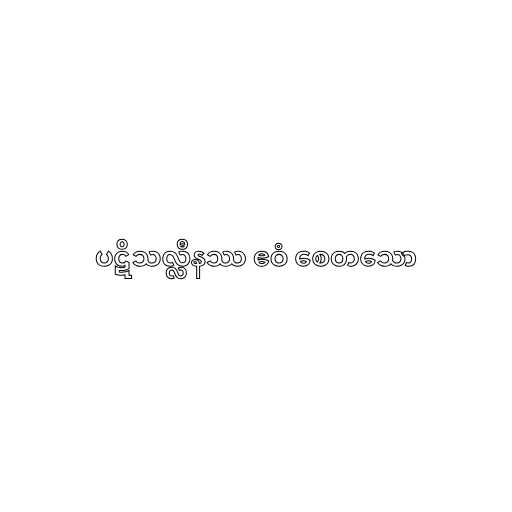
ပဋိသလ္လီနဿ ဧဝံ စေတသော